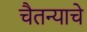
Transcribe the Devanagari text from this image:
चैतन्याचे